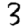
Digit: 3